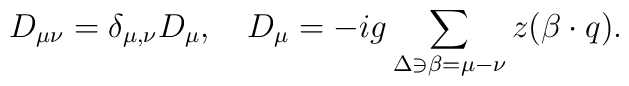
D_{\mu \nu}= \delta_{\mu, \nu}D_{\mu},\quad	D_{\mu}=-ig\sum_{\Delta\ni\beta=\mu-\nu}z(\beta\cdot q).